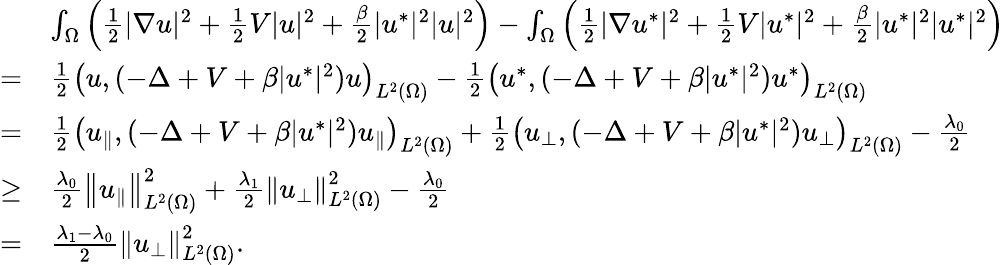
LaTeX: \begin{array}{rl}&{\int_{\Omega}\left(\frac{1}{2}|\nabla u|^{2}+\frac{1}{2}V|u|^{2}+\frac{\beta}{2}|u^{*}|^{2}|u|^{2}\right)-\int_{\Omega}\left(\frac{1}{2}|\nabla u^{*}|^{2}+\frac{1}{2}V|u^{*}|^{2}+\frac{\beta}{2}|u^{*}|^{2}|u^{*}|^{2}\right)}\\ {=}&{\frac{1}{2}\left(u,(-\Delta+V+\beta|u^{*}|^{2})u\right)_{L^{2}(\Omega)}-\frac{1}{2}\left(u^{*},(-\Delta+V+\beta|u^{*}|^{2})u^{*}\right)_{L^{2}(\Omega)}}\\ {=}&{\frac{1}{2}\left(u_{\parallel},(-\Delta+V+\beta|u^{*}|^{2})u_{\parallel}\right)_{L^{2}(\Omega)}+\frac{1}{2}\left(u_{\perp},(-\Delta+V+\beta|u^{*}|^{2})u_{\perp}\right)_{L^{2}(\Omega)}-\frac{\lambda_{0}}{2}}\\ {\geq}&{\frac{\lambda_{0}}{2}\left\Vert u_{\parallel}\right\Vert_{L^{2}(\Omega)}^{2}+\frac{\lambda_{1}}{2}\left\Vert u_{\perp}\right\Vert_{L^{2}(\Omega)}^{2}-\frac{\lambda_{0}}{2}}\\ {=}&{\frac{\lambda_{1}-\lambda_{0}}{2}\left\Vert u_{\perp}\right\Vert_{L^{2}(\Omega)}^{2}.}\end{array}